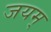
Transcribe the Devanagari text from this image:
जयम्